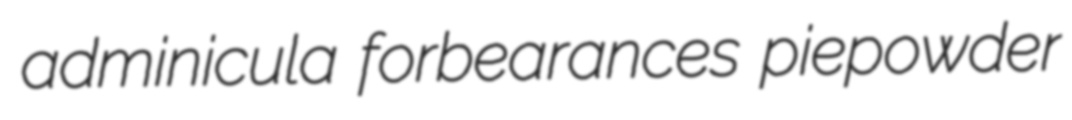
adminicula forbearances piepowder